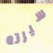
سيرته